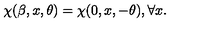
\chi ( \beta , x , \theta ) = \chi ( 0 , x , - \theta ) , \forall x .